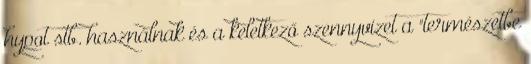
hypot stb. használnak és a keletkező szennyvizet a "természetbe